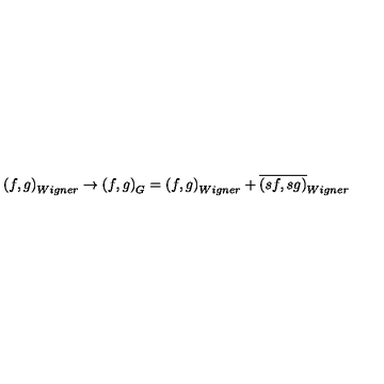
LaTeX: \left( f , g \right) _ { W i g n e r } \rightarrow \left( f , g \right) _ { G } = \left( f , g \right) _ { W i g n e r } + \overline { { \left( s f , s g \right) } } _ { W i g n e r }